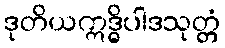
ဒုတိယဣဒ္ဓိပါဒသုတ္တံ